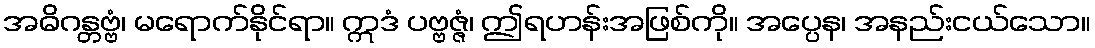
အဓိဂန္တဗ္ဗံ၊ မရောက်နိုင်ရာ။ ဣဒံ ပဗ္ဗဇ္ဇံ၊ ဤရဟန်းအဖြစ်ကို။ အပ္ပေန၊ အနည်းငယ်သော။